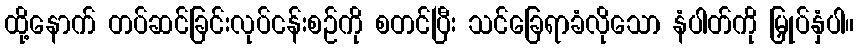
ထို့နောက် တပ်ဆင်ခြင်းလုပ်ငန်းစဉ်ကို စတင်ပြီး သင်ခြေရာခံလိုသော နံပါတ်ကို မြှုပ်နှံပါ။